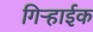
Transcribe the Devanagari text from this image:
गिऱ्हाईक